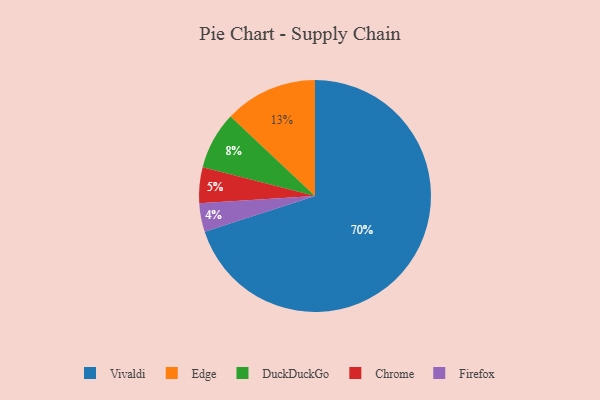
{"axis": {"x": "Category", "y": "Percentage"}, "legend": ["Chrome", "DuckDuckGo", "Edge", "Firefox", "Vivaldi"], "data": [{"x": "Chrome", "y": 5, "type": "Chrome"}, {"x": "Vivaldi", "y": 70, "type": "Vivaldi"}, {"x": "DuckDuckGo", "y": 8, "type": "DuckDuckGo"}, {"x": "Edge", "y": 13, "type": "Edge"}, {"x": "Firefox", "y": 4, "type": "Firefox"}]}